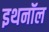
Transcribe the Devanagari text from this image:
इथनॉल